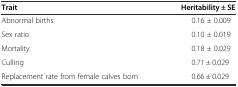
<table><thead><tr><td><b>Trait</b></td><td><b>Heritability ± SE</b></td></tr></thead><tbody><tr><td>Abnormal births</td><td>0.16 ± 0.009</td></tr><tr><td>Sex ratio</td><td>0.10 ± 0.019</td></tr><tr><td>Mortality</td><td>0.18 ± 0.029</td></tr><tr><td>Culling</td><td>0.71 ± 0.029</td></tr><tr><td>Replacement rate from female calves born</td><td>0.66 ± 0.029</td></tr></tbody></table>